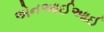
એનઆઈઆઈ